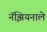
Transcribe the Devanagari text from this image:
नॅझियनाले